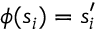
\phi ( s _ { i } ) = s _ { i } ^ { \prime }